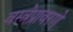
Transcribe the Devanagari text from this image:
वस्त्रेप्रावरणे